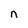
Character: n